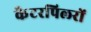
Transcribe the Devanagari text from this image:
कैटरपिलरों